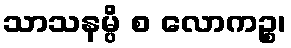
သာသနမ္ပိ စ လောကဉ္စ၊